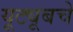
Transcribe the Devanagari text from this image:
यूट्यूबचे